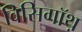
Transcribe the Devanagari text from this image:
विसिगॉथ़